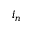
i _ { n }